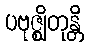
ပဗုဇ္ဈိတုန္တိ